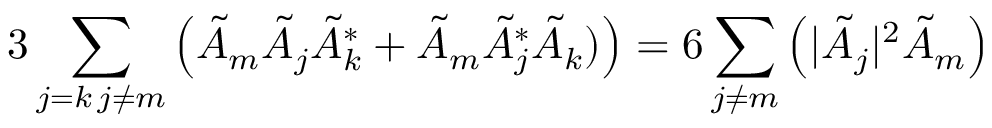
3 \sum _ { \substack { j = k \, j \neq m } } \left( \tilde { A } _ { m } \tilde { A } _ { j } \tilde { A } _ { k } ^ { * } + \tilde { A } _ { m } \tilde { A } _ { j } ^ { * } \tilde { A } _ { k } ) \right) = 6 \sum _ { j \neq m } \left( | \tilde { A } _ { j } | ^ { 2 } \tilde { A } _ { m } \right)